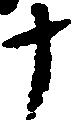
十